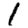
Digit: 1